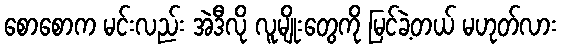
စောစောက မင်းလည်း အဲဒီလို လူမျိုးတွေကို မြင်ခဲ့တယ် မဟုတ်လား